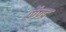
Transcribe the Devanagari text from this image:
केंन्द